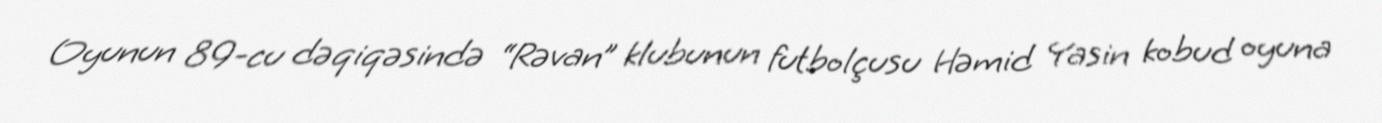
Oyunun 89-cu dəqiqəsində “Rəvan” klubunun futbolçusu Həmid Yasin kobud oyuna